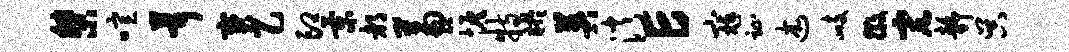
桀喧茸宝乙印景都兼恢特盱英消E寇趾述峙徽宏静吴